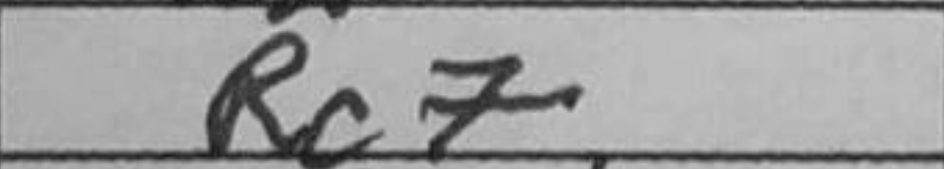
Transcription: Rc7